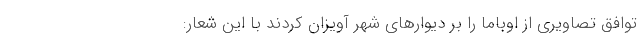
توافق تصاویری از اوباما را بر دیوارهای شهر آویزان کردند با این شعار: